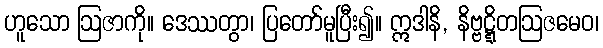
ဟူသော ဩဇာကို။ ဒေဿတွာ၊ ပြတော်မူပြီး၍။ ဣဒါနိ, နိဗ္ဗဋ္ဋိတဩဇမေဝ၊